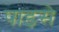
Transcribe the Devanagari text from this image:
पाडसे